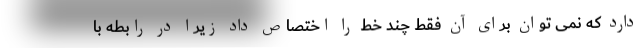
دارد که نمی توان برای آن فقط چند خط را اختصاص داد زیرا در رابطه با